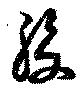
腹